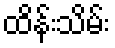
ထိန်းသိမ်း